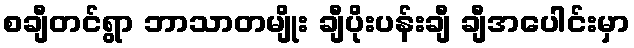
စချီတင်ရွာ ဘာသာတမျိုး ချီပိုးပန်းချီ ချီအပေါင်းမှာ